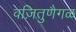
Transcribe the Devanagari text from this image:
वज़ितुणैगळ